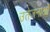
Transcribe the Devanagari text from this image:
उतेजनाओं